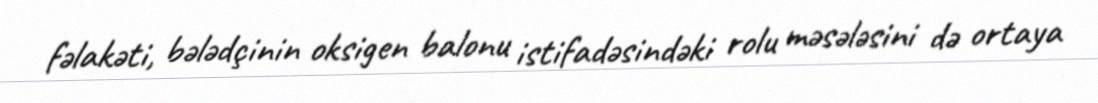
fəlakəti, bələdçinin oksigen balonu istifadəsindəki rolu məsələsini də ortaya